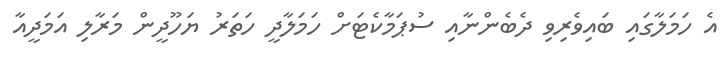
އެ ހަމަލާގައި ބައިވެރިވި ދެބެންނާއި ސުޕަމާކެޓަށް ހަމަލާދީ ހަތަރު ޔަހޫދީން މަރާލި އަމަދީއާ